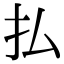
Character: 払